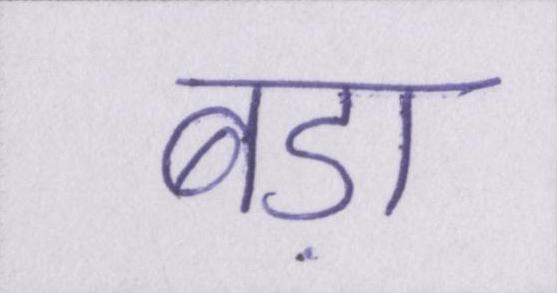
बड़ा